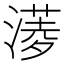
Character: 𣾖